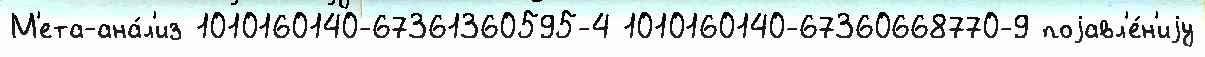
М'ета-ана́л'из 1010160140-67361360595-4 1010160140-67360668770-9 поjавл'е́н'иjу